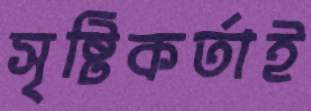
সৃষ্টিকর্তাই